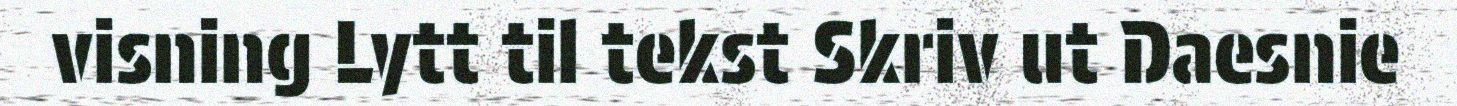
visning Lytt til tekst Skriv ut Daesnie